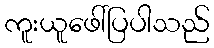
ကူးယူဖေါ်ပြပါသည်